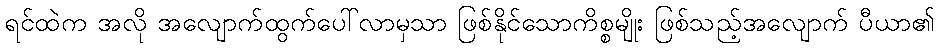
ရင်ထဲက အလို အလျောက်ထွက်ပေါ်လာမှသာ ဖြစ်နိုင်သောကိစ္စမျိုး ဖြစ်သည့်အလျောက် ပီယာ၏